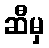
ဆီမှ